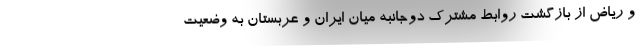
و ریاض از بازگشت روابط مشترک دوجانبه میان ایران و عربستان به وضعیت